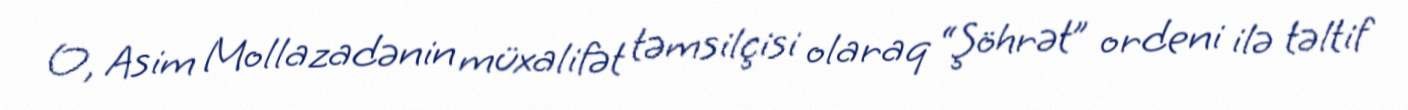
O, Asim Mollazadənin müxalifət təmsilçisi olaraq “Şöhrət” ordeni ilə təltif